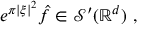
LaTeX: e ^ { \pi | \xi | ^ { 2 } } { \hat { f } } \in { \mathcal { S } } ^ { \prime } ( \mathbb { R } ^ { d } ) ~ ,